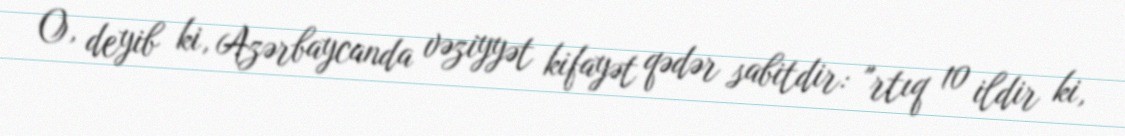
O, deyib ki, Azərbaycanda vəziyyət kifayət qədər sabitdir: "rtıq 10 ildir ki,